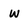
Character: w